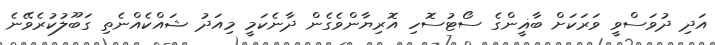
އަދި ދުވަސްވީ ވަރަކަށް ބާޣީންގެ ސޯޓުސޮހި އޮރިޔާންވެގެން ދާނެކަމީ މިއަދު ޝައްކެއްނެތި ގަބޫލުކުރެވޭނެ